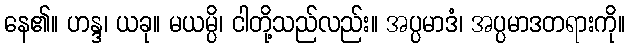
နေ၏။ ဟန္ဒ၊ ယခု။ မယမ္ပိ၊ ငါတို့သည်လည်း။ အပ္ပမာဒံ၊ အပ္ပမာဒတရားကို။